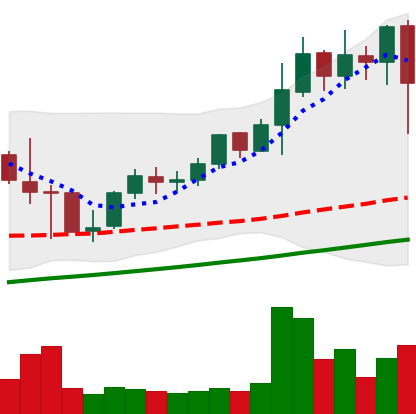
Ticker: LINK-USD
Chart end date: 2021-05-10
Forward return: -10.696%
Label: down_7plus